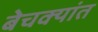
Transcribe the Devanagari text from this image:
बेचक्यांत